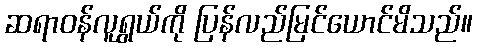
ဆရာဝန်လူရွယ်ကို ပြန်လည်မြင်ယောင်မိသည်။